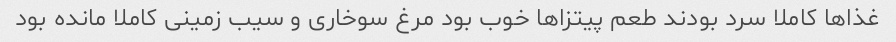
غذاها کاملا سرد بودند طعم پیتزاها خوب بو‌د مرغ سوخاری و سیب زمینی کاملا مانده بود